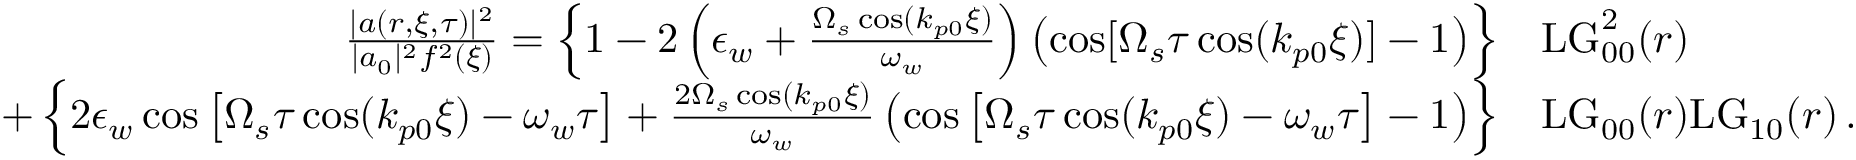
\begin{array} { r l } { \frac { | a ( r , \xi , \tau ) | ^ { 2 } } { | a _ { 0 } | ^ { 2 } f ^ { 2 } ( \xi ) } = \left\{ 1 - 2 \left( \epsilon _ { w } + \frac { \Omega _ { s } \cos ( k _ { p 0 } \xi ) } { \omega _ { w } } \right) \left( \cos [ \Omega _ { s } \tau \cos ( k _ { p 0 } \xi ) ] - 1 \right) \right\} } & { \mathrm { L G } _ { 0 0 } ^ { 2 } ( r ) } \\ { + \left\{ 2 \epsilon _ { w } \cos \left[ \Omega _ { s } \tau \cos ( k _ { p 0 } \xi ) - \omega _ { w } \tau \right] + \frac { 2 \Omega _ { s } \cos ( k _ { p 0 } \xi ) } { \omega _ { w } } \left( \cos \left[ \Omega _ { s } \tau \cos ( k _ { p 0 } \xi ) - \omega _ { w } \tau \right] - 1 \right) \right\} } & { \mathrm { L G } _ { 0 0 } ( r ) \mathrm { L G } _ { 1 0 } ( r ) \, . } \end{array}